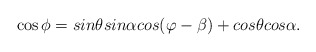
\begin{align*}\cos\phi=sin\theta sin\alpha cos(\varphi-\beta)+cos\theta cos\alpha.\end{align*}